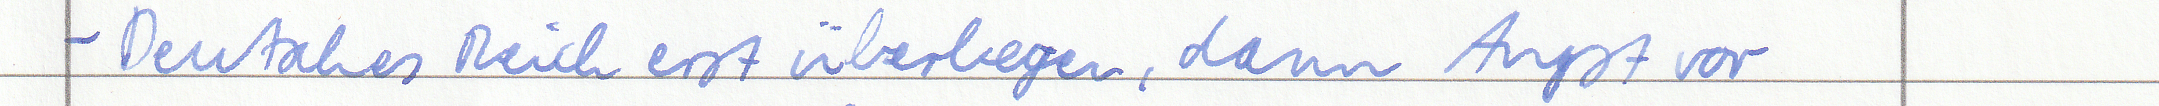
- Deutsches Reich erst überlegen, dann Angst vor